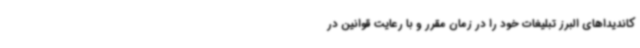
کاندیداهای البرز تبلیغات خود را در زمان مقرر و با رعایت قوانین در